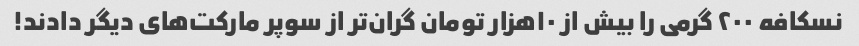
نسکافه ۲۰۰ گرمی را بیش از ۱۰هزار تومان گران‌تر از سوپر مارکت‌های دیگر دادند!